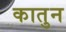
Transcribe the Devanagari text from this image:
कातुन